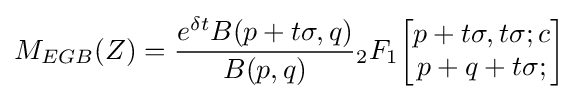
M_{EGB}(Z)={\frac {e^{\delta t}B(p+t\sigma ,q)}{B(p,q)}}{}_{2}F_{1}{\begin{bmatrix}p+t\sigma ,t\sigma ;c\\p+q+t\sigma ;\end{bmatrix}}